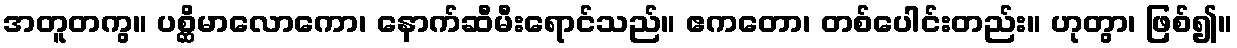
အတူတကွ။ ပစ္ဆိမာလောကော၊ နောက်ဆီမီးရောင်သည်။ ဧကတော၊ တစ်ပေါင်းတည်း။ ဟုတွာ၊ ဖြစ်၍။